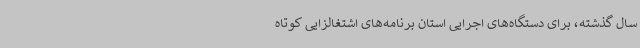
سال گذشته، برای دستگاه‌های اجرایی استان برنامه‌های اشتغالزایی کوتاه